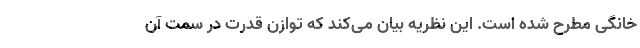
خانگی مطرح شده است. این نظریه بیان می‌کند که توازن قدرت در سمت آن